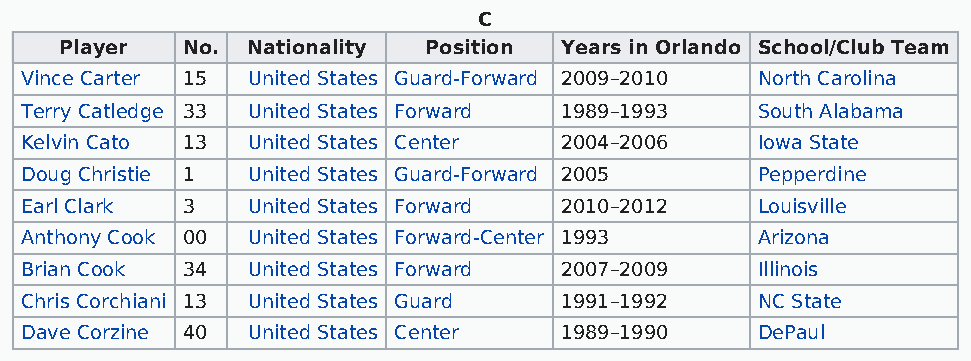
C
 Player  No. Nationality Position Years in Orlando School/Club Team
 Vince Carter 15 United States Guard-Forward 2009–2010 North Carolina
 Terry Catledge 33 United States Forward 1989–1993 South Alabama
 Kelvin Cato 13 United States Center 2004–2006    Iowa State
 Doug Christie 1 United States Guard-Forward 2005 Pepperdine
 Earl Clark 3   United States Forward 2010–2012   Louisville
 Anthony Cook 00 United States Forward-Center 1993 Arizona
 Brian Cook 34  United States Forward 2007–2009   Illinois
 Chris Corchiani 13 United States Guard 1991–1992 NC State
 Dave Corzine 40 United States Center 1989–1990   DePaul